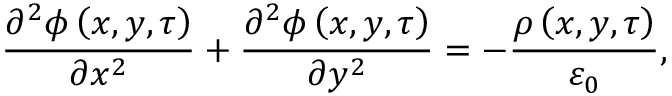
\frac { \partial ^ { 2 } \phi \left( x , y , \tau \right) } { \partial x ^ { 2 } } + \frac { \partial ^ { 2 } \phi \left( x , y , \tau \right) } { \partial y ^ { 2 } } = - \frac { \rho \left( x , y , \tau \right) } { \varepsilon _ { 0 } } ,